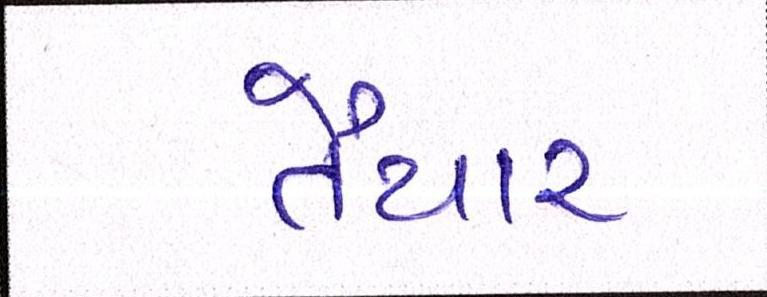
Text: તૈયાર